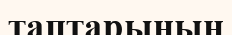
таптарынын